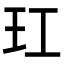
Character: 玒